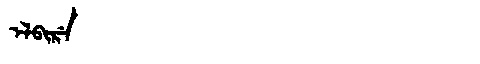
Manchu: ᡝᠯᠪᡳᡵᡝ
Romanization: ELBIRE